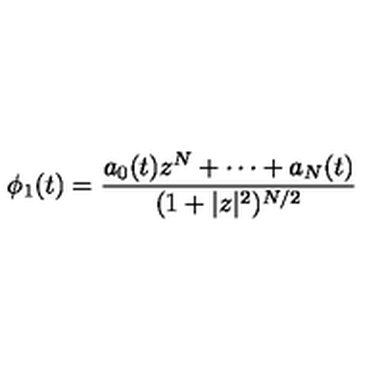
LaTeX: \phi _ { 1 } ( t ) = \frac { a _ { 0 } ( t ) z ^ { N } + \cdots + a _ { N } ( t ) } { ( 1 + | z | ^ { 2 } ) ^ { N / 2 } }